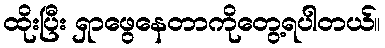
ထိုးပြီး ရှာဖွေနေတာကိုတွေ့ရပါတယ်။